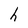
Character: h